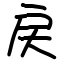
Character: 戻